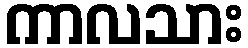
ကာလသား